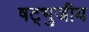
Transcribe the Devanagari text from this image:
षट्भुजीय